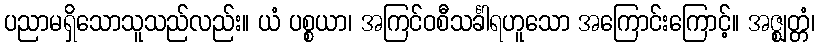
ပညာမရှိသောသူသည်လည်း။ ယံ ပစ္စယာ၊ အကြင်ဝစီသင်္ခါရဟူသော အကြောင်းကြောင့်။ အဇ္ဈတ္တံ၊